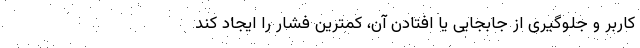
کاربر و جلوگیری از جابجایی یا افتادن آن، کمترین فشار را ایجاد کند